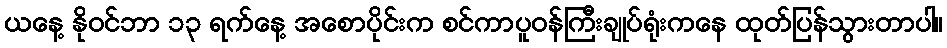
ယနေ့ နိုဝင်ဘာ ၁၃ ရက်နေ့ အစောပိုင်းက စင်ကာပူဝန်ကြီးချုပ်ရုံးကနေ ထုတ်ပြန်သွားတာပါ။